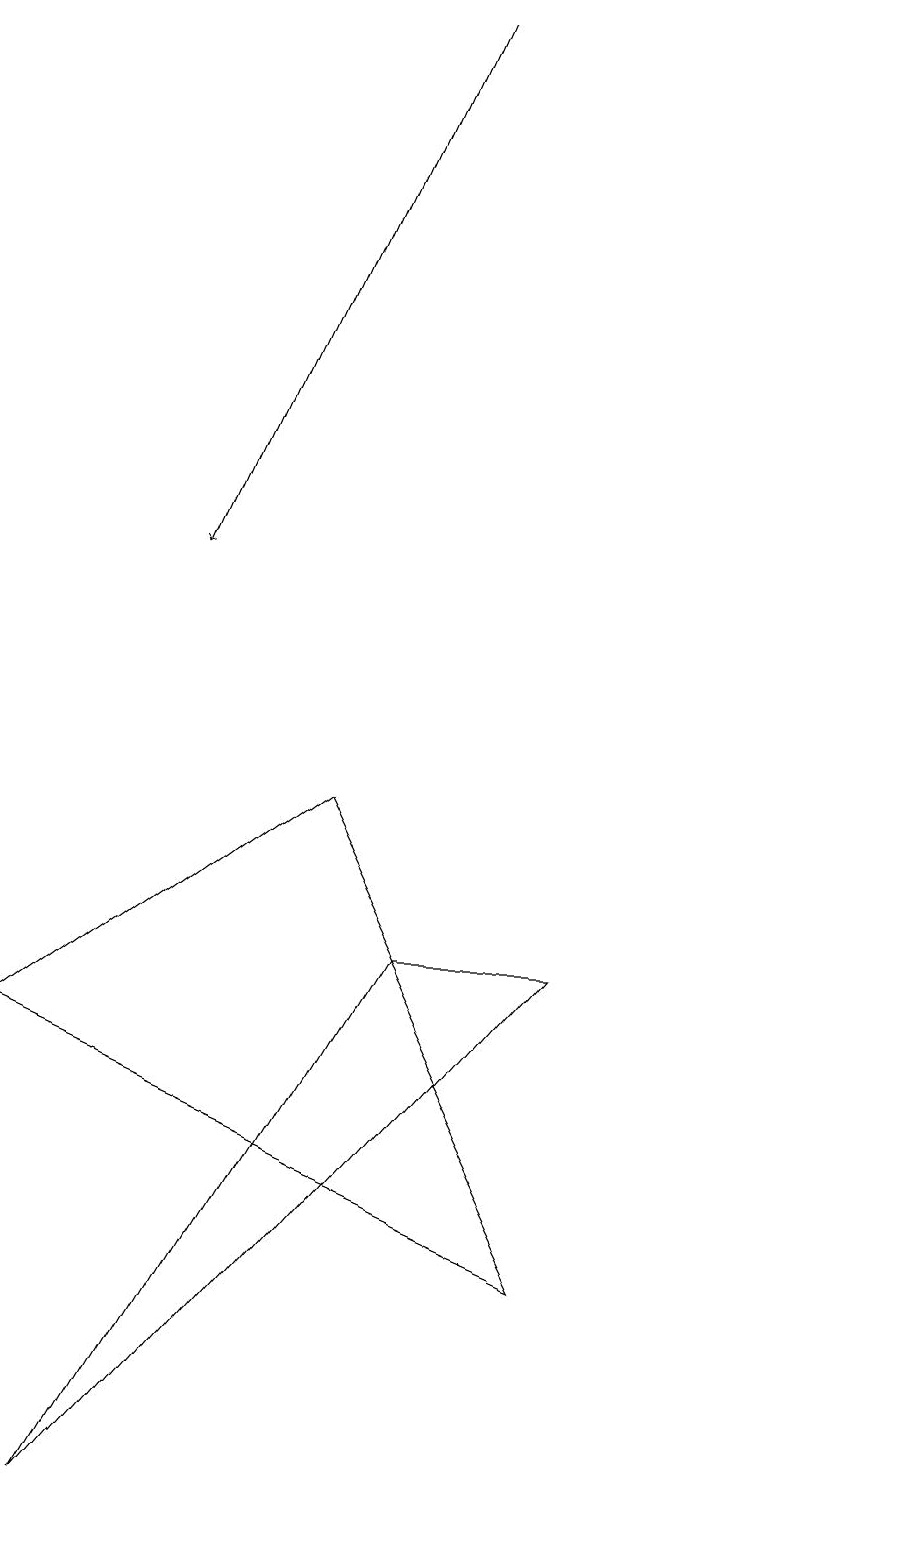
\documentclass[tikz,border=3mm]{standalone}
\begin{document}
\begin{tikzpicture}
\draw[->] (6,19) -- (3,12);
\draw (5,9) -- (8,3) -- (1,6) -- cycle;
\draw (12,10) circle (0);
\draw (8,7) -- (2,0) -- (6,7) -- cycle;
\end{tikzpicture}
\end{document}